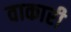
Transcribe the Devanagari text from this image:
वाकारी